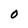
Character: 0